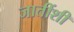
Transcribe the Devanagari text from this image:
जातींशी